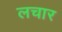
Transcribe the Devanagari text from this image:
लचार